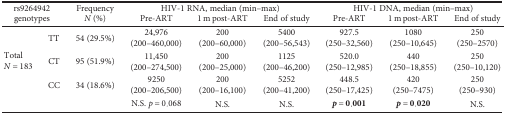
| <ROWSPAN=2-COLSPAN=2> rs9264942 genotypes | <ROWSPAN=2> Frequency N (%) | <COLSPAN=3> HIV-1 RNA, median (min–max) | <COLSPAN=3> HIV-1 DNA, median (min–max) |
 | Pre-ART | 1 m post-ART | End of study | Pre-ART | 1 m post-ART | End of study |
 | --- | --- | --- | --- | --- | --- | --- | --- | --- |
 | <ROWSPAN=3> Total N = 183 | TT | 54 (29.5%) | 24,976 (200–460,000) | 200 (200–60,000) | 5400 (200–56,543) | 927.5 (250–32,560) | 1080 (250–10,645) | 250 (250–2570) |
 | CT | 95 (51.9%) | 11,450 (200–274,500) | 200 (200–25,000) | 1125 (200–46,200) | 520.0 (250–12,985) | 440 (250–18,855) | 250 (250–10,120) |
 | CC | 34 (18.6%) | 9250 (200–206,500) | 200 (200–16,100) | 5252 (200–41,200) | 448.5 (250–17,425) | 420 (250–7475) | 250 (250–930) |
 |  |  |  | N.S. p = 0.068 | N.S. | N.S. | p = 0.001 | p = 0.020 | N.S. |